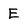
Character: E